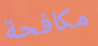
مكافحة